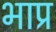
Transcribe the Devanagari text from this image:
भाप्र